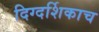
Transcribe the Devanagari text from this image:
दिग्दर्शिकाच